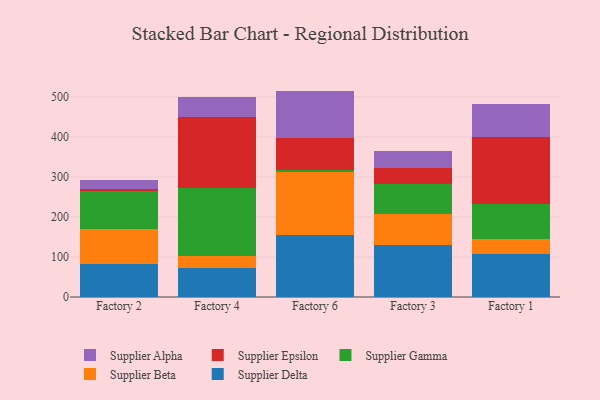
{"axis": {"x": "Factory", "y": "Market Share (%)"}, "legend": ["Supplier Alpha", "Supplier Beta", "Supplier Delta", "Supplier Epsilon", "Supplier Gamma"], "data": [{"x": "Factory 2", "y": 82.9, "type": "Supplier Delta"}, {"x": "Factory 2", "y": 87.2, "type": "Supplier Beta"}, {"x": "Factory 2", "y": 94.1, "type": "Supplier Gamma"}, {"x": "Factory 2", "y": 6.0, "type": "Supplier Epsilon"}, {"x": "Factory 2", "y": 22.4, "type": "Supplier Alpha"}, {"x": "Factory 4", "y": 73.6, "type": "Supplier Delta"}, {"x": "Factory 4", "y": 28.9, "type": "Supplier Beta"}, {"x": "Factory 4", "y": 170.4, "type": "Supplier Gamma"}, {"x": "Factory 4", "y": 175.9, "type": "Supplier Epsilon"}, {"x": "Factory 4", "y": 50.9, "type": "Supplier Alpha"}, {"x": "Factory 6", "y": 154.1, "type": "Supplier Delta"}, {"x": "Factory 6", "y": 158.7, "type": "Supplier Beta"}, {"x": "Factory 6", "y": 5.4, "type": "Supplier Gamma"}, {"x": "Factory 6", "y": 80.3, "type": "Supplier Epsilon"}, {"x": "Factory 6", "y": 116.6, "type": "Supplier Alpha"}, {"x": "Factory 3", "y": 129.6, "type": "Supplier Delta"}, {"x": "Factory 3", "y": 76.9, "type": "Supplier Beta"}, {"x": "Factory 3", "y": 76.2, "type": "Supplier Gamma"}, {"x": "Factory 3", "y": 39.1, "type": "Supplier Epsilon"}, {"x": "Factory 3", "y": 43.3, "type": "Supplier Alpha"}, {"x": "Factory 1", "y": 108.7, "type": "Supplier Delta"}, {"x": "Factory 1", "y": 35.6, "type": "Supplier Beta"}, {"x": "Factory 1", "y": 87.4, "type": "Supplier Gamma"}, {"x": "Factory 1", "y": 168.1, "type": "Supplier Epsilon"}, {"x": "Factory 1", "y": 82.6, "type": "Supplier Alpha"}]}